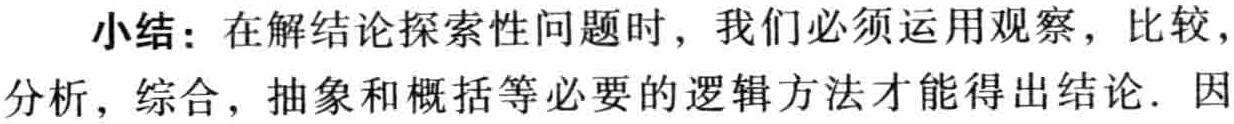
小结：在解结论探索性问题时，我们必须运用观察，比较，分析，综合，抽象和概括等必要的逻辑方法才能得出结论．因